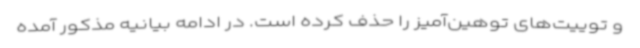
و توییت‌های توهین‌آمیز را حذف کرده است. در ادامه بیانیه مذکور آمده